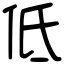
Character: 低